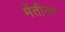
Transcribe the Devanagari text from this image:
मेंतीनन